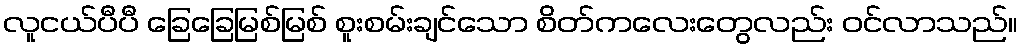
လူငယ်ပီပီ ခြေခြေမြစ်မြစ် စူးစမ်းချင်သော စိတ်ကလေးတွေလည်း ဝင်လာသည်။